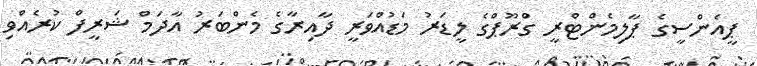
ޕީއެންސީގެ ޕާލިމެންޓްރީ ގްރޫޕްގެ ލީޑަރު މަޑުއްވަރީ ދާއިރާގެ މެންބަރު އާދަމް ޝަރީފް ކުރެއްވި